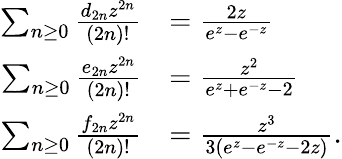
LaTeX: {\begin{array}{rl}{\sum_{n\geq 0}{\frac{d_{2n}z^{2n}}{(2n)!}}}&{={\frac{2z}{e^{z}-e^{-z}}}}\\ {\sum_{n\geq 0}{\frac{e_{2n}z^{2n}}{(2n)!}}}&{={\frac{z^{2}}{e^{z}+e^{-z}-2}}}\\ {\sum_{n\geq 0}{\frac{f_{2n}z^{2n}}{(2n)!}}}&{={\frac{z^{3}}{3(e^{z}-e^{-z}-2z)}}.}\end{array}}